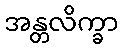
အန္တလိက္ခာ